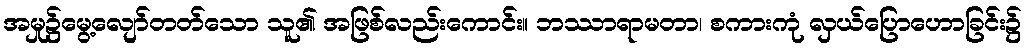
အမှု၌မွေ့လျော်တတ်သော သူ၏ အဖြစ်လည်းကောင်း။ ဘဿာရာမတာ၊ စကားကုံ လှယ်ပြောဟောခြင်း၌